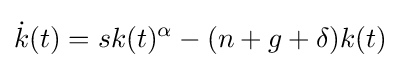
{\dot {k}}(t)=sk(t)^{\alpha }-(n+g+\delta )k(t)